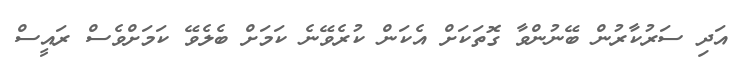
އަދި ސަރުކާރުން ބޭނުންވާ ގޮތަކަށް އެކަން ކުރެވޭނެ ކަމަށް ބެލެވޭ ކަމަށްވެސް ރައީސް